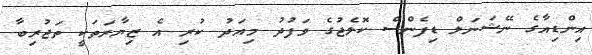
އިންޑިއާގެ ނޭޝަނަލް ޑިފެންސް ކޮލެޖުގެ ވަފުދު މިއަދު ކުރި އެ ޒިޔާރަތަކީ ތަޖުރިބާ